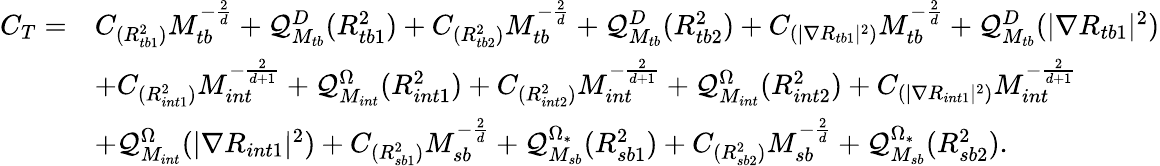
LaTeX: \begin{array}{rl}{C_{T}=}&{C_{({R_{tb1}^{2}})}M_{tb}^{-\frac{2}{d}}+\mathcal{Q}_{M_{tb}}^{D}(R_{tb1}^{2})+C_{({R_{tb2}^{2}})}M_{tb}^{-\frac{2}{d}}+\mathcal{Q}_{M_{tb}}^{D}(R_{tb2}^{2})+C_{(|\nabla R_{tb1}|^{2})}M_{tb}^{-\frac{2}{d}}+\mathcal{Q}_{M_{tb}}^{D}(|\nabla R_{tb1}|^{2})}\\ &{+C_{({R_{int1}^{2}})}M_{int}^{-\frac{2}{d+1}}+\mathcal{Q}_{M_{int}}^{\Omega}(R_{int1}^{2})+C_{(R_{int2}^{2})}M_{int}^{-\frac{2}{d+1}}+\mathcal{Q}_{M_{int}}^{\Omega}(R_{int2}^{2})+C_{(|\nabla R_{int1}|^{2})}M_{int}^{-\frac{2}{d+1}}}\\ &{+\mathcal{Q}_{M_{int}}^{\Omega}(|\nabla R_{int1}|^{2})+C_{({R_{sb1}^{2}})}M_{sb}^{-\frac{2}{d}}+\mathcal{Q}_{M_{sb}}^{\Omega_{*}}(R_{sb1}^{2})+C_{({R_{sb2}^{2}})}M_{sb}^{-\frac{2}{d}}+\mathcal{Q}_{M_{sb}}^{\Omega_{*}}(R_{sb2}^{2}).}\end{array}